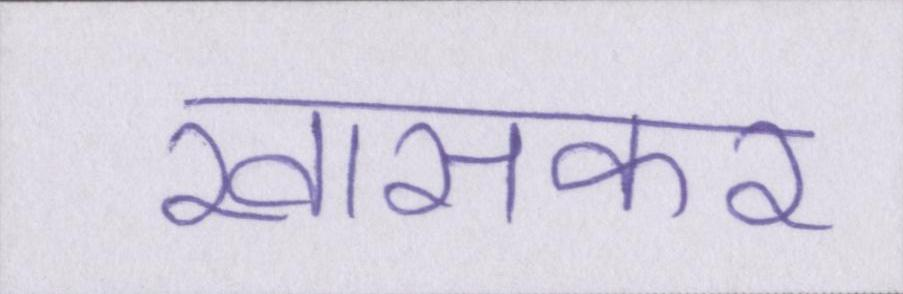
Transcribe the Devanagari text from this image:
खासकर